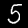
Digit: 5